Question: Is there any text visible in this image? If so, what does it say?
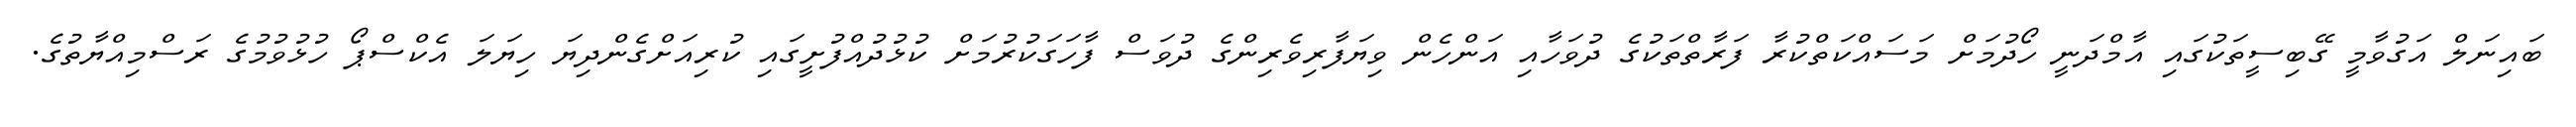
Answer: ބައިނަލް އަގުވާމީ ގޭބިސީތަކުގައި އާމްދަނީ ހޯދުމަށް މަސައްކަތްކުރާ ފަރާތްތަކުގެ ދުވަހާއި އަންހެން ވިޔަފާރިވެރިންގެ ދުވަސް ފާހަގަކުރުމަށް ކުޅުދުއްފުށީގައި ކުރިއަށްގެންދިޔަ ހިޔަލަ އެކްސްޕޯ ހުޅުވުމުގެ ރަސްމިއްޔާތުގެ.